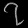
Digit: ၇